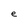
Character: e